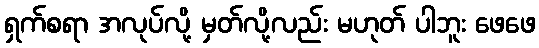
ရှက်စရာ အလုပ်လို့ မှတ်လို့လည်း မဟုတ် ပါဘူး ဖေဖေ